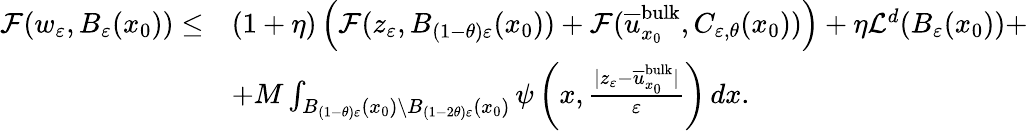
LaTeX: \begin{array}{rl}{\mathcal{F}(w_{\varepsilon},B_{\varepsilon}(x_{0}))\leq}&{(1+\eta)\left(\mathcal{F}(z_{\varepsilon},B_{(1-\theta)\varepsilon}(x_{0}))+\mathcal{F}(\overline{{u}}_{x_{0}}^{\textnormal{bulk}},C_{\varepsilon,\theta}(x_{0}))\right)+\eta\mathcal{L}^{d}(B_{\varepsilon}(x_{0}))+}\\ &{+M\int_{B_{(1-\theta)\varepsilon}(x_{0})\setminus B_{(1-2\theta)\varepsilon}(x_{0})}\psi\left(x,\frac{|z_{\varepsilon}-\overline{{u}}_{x_{0}}^{\textnormal{bulk}}|}{\varepsilon}\right)\, dx.}\end{array}